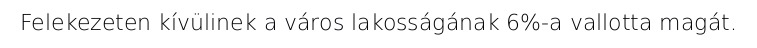
Felekezeten kívülinek a város lakosságának 6%-a vallotta magát.